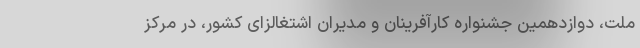
ملت، دوازدهمین جشنواره کارآفرینان و مدیران اشتغالزای کشور، در مرکز